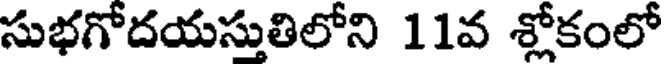
సుభగోదయస్తుతిలోని 11వ శ్లోకంలో